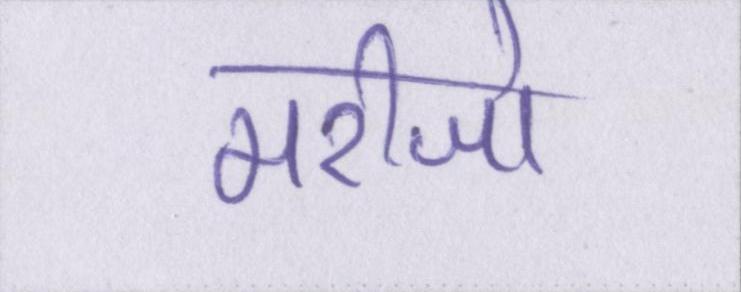
मरीजो